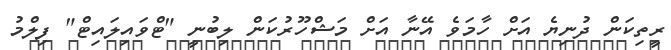
ރީތިކަން ދުނިޔެ އަށް ހާމަވެ އޭނާ އަށް މަޝްހޫރުކަން ލިބުނީ "ޓްވައިލައިޓް" ފިލްމު